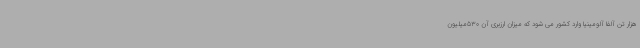
هزار تن آلفا آلومینیا وارد کشور می شود که میزان ارزبری آن 530میلیون